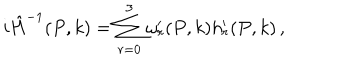
i \hat { H } ^ { - 1 } ( P , k ) = \sum _ { r = 0 } ^ { 3 } \omega _ { r } ^ { \prime } ( P , k ) h _ { r } ^ { \prime } ( P , k ) \, ,